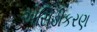
એસિડીકરણ